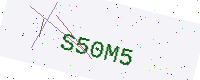
Text: S50M5